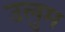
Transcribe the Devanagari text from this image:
उलुम